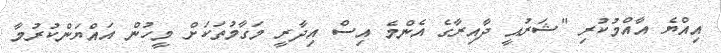
އިއްޔެ އާއްމުކުރި "ޝަރުއީ ދާއިރާގެ އެންމެ އިސް އިދާރީ މަގާމުތަކަށް މީހުން އައްޔަންކުރުމާ